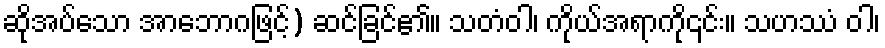
ဆိုအပ်သော အာဘောဂဖြင့်) ဆင်ခြင်၏။ သတံဝါ၊ ကိုယ်အရာကို၎င်း။ သဟဿံ ဝါ၊